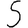
Digit: 5